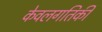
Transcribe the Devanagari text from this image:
केवलगतिकी